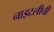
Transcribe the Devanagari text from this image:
नाइटलीची